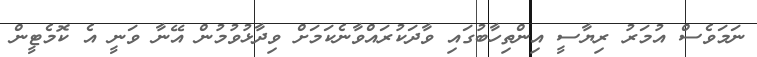
ނަމަވެސް އުމަރު ރިޔާސީ އިންތިހާބުގައި ވާދަކުރައްވާނެކަމަށް ވިދާޅުވުމުން އޭނާ ވަނީ އެ ކޮމެޓީން